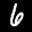
Label: 6